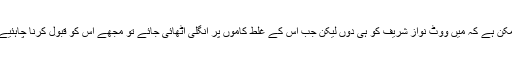
ممکن ہے کہ میں ووٹ نواز شریف کو ہی دوں لیکن جب اس کے غلط کاموں پر انگلی اٹھائی جائے تو مجھے اس کو قبول کرنا چاہئیے ۔